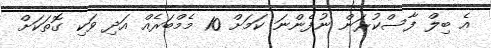
އެ ބިލް ފާސްކުރަން ނުފެންނަ ކަމަށް 10 މެމްބަރެއް އަދި ވަކި ގޮތަކަށް